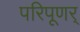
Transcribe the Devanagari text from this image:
परिपूणर्